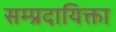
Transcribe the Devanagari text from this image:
सम्प्रदायिक्ता